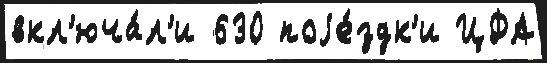
вкл'юча́л'и 630 поjе́здк'и ЦФА